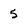
Character: 5